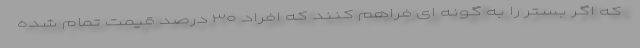
که اگر بستر را به گونه ای فراهم کنند که افراد ۳۰ درصد قیمت تمام شده